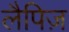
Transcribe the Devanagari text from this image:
लैपिज़